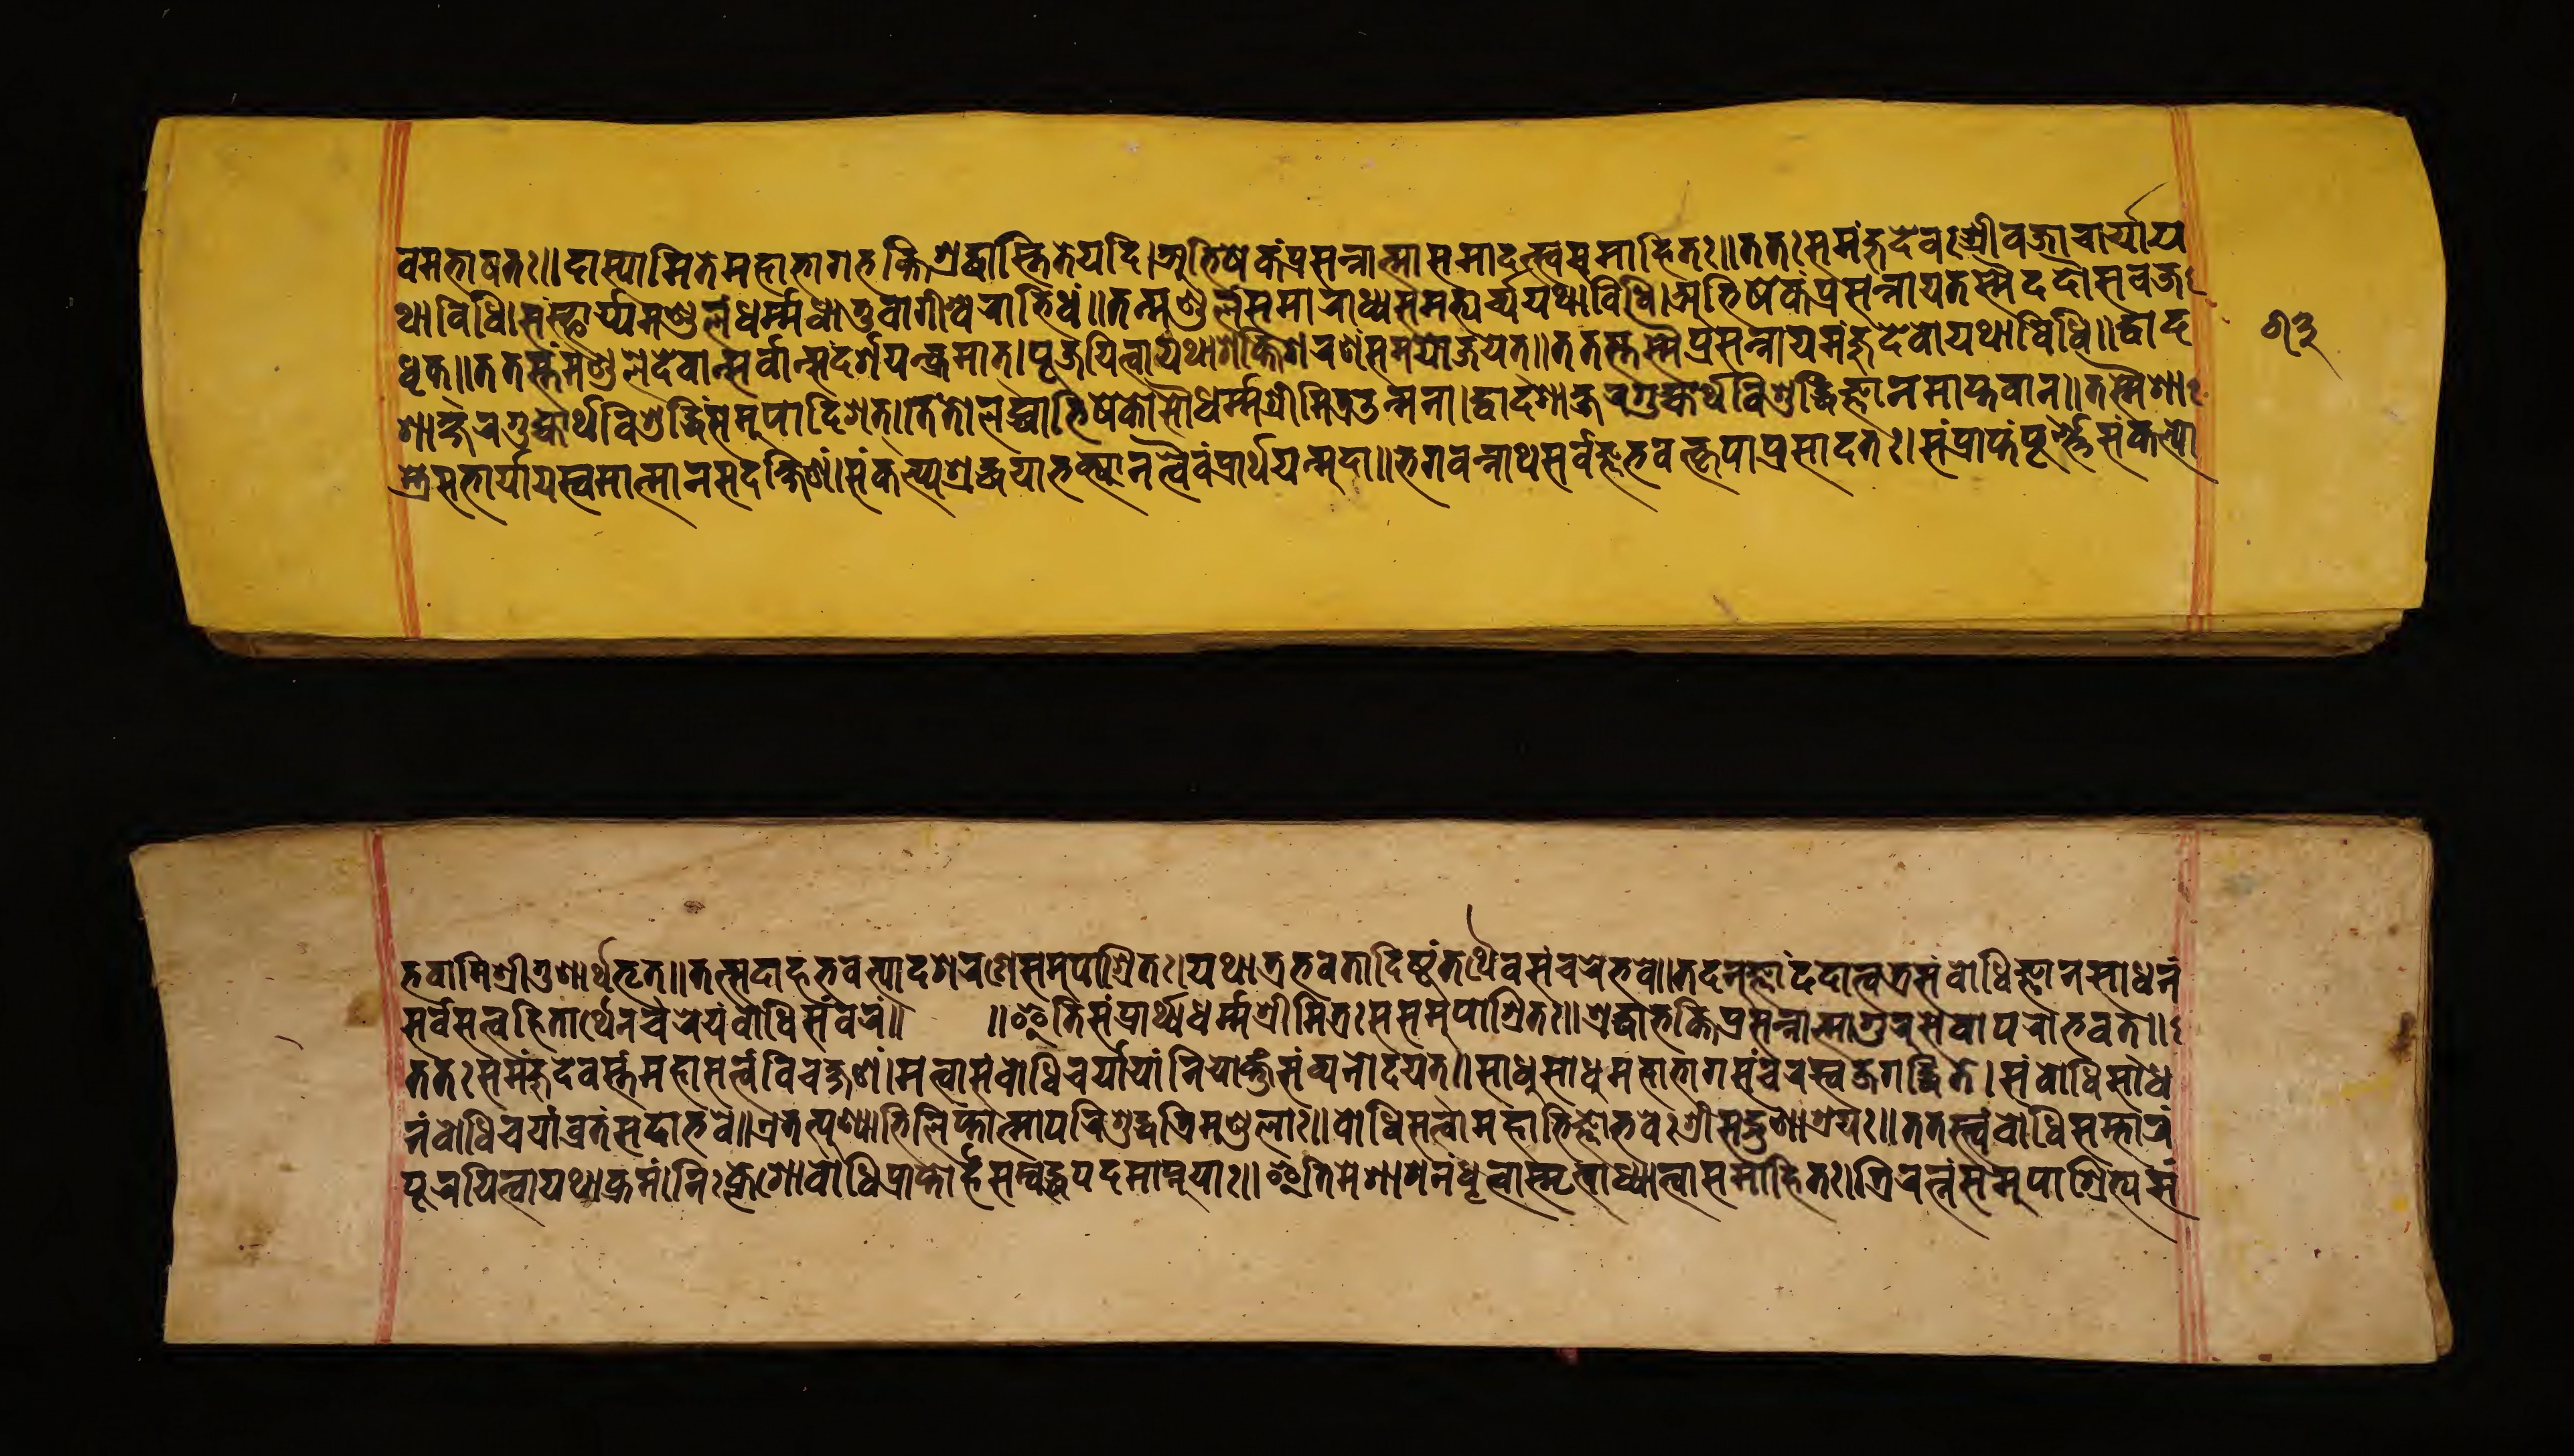
𑐰𑐩𑐨𑐵𑐲𑐟𑑅𑑌𑐡𑐵𑐳𑑂𑐫𑐵𑐩𑐶𑐟𑐾𑐩𑐴𑐵𑐨𑐵𑐐𑐨𑐎𑑂𑐟𑐶𑐱𑑂𑐬𑐡𑑂𑐢𑐵𑐳𑑂𑐟𑐶𑐟𑐾𑐫𑐡𑐶𑑋𑐀𑐨𑐶𑐲𑐾𑐎𑐥𑑂𑐬𑐳𑐣𑑂𑐣𑐵𑐟𑑂𑐩𑐵𑐳𑐩𑐵𑐡𑐟𑑂𑐳𑑂𑐰𑐳𑐩𑐵𑐴𑐶𑐟𑑅𑑌𑐟𑐟𑑅𑐳𑐩𑐘𑑂𑐖𑐸𑐡𑐾𑐰𑑅𑐱𑑂𑐬𑐷𑐰𑐖𑑂𑐬𑐵𑐔𑐵𑐬𑑂𑐫𑐫 𑐠𑐵𑐰𑐶𑐢𑐶𑑋𑐳𑑄𑐳𑑂𑐠𑐵𑐥𑑂𑐫𑐩𑐞𑑂𑐜𑐮𑑄𑐢𑐬𑑂𑐩𑐢𑐵𑐟𑐸𑐰𑐵𑐐𑐷𑐱𑑂𑐰𑐬𑐵𑐨𑐶𑐢𑑄𑑌𑐟𑐣𑑂𑐩𑐞𑑂𑐜𑐮𑑄𑐳𑐩𑐵𑐬𑐵𑐢𑑂𑐫𑐳𑐩𑐨𑑂𑐫𑐬𑑂𑐔𑑂𑐫𑐫𑐠𑐵𑐰𑐶𑐢𑐶𑑋𑐀𑐨𑐶𑐲𑐾𑐎𑑄𑐥𑑂𑐬𑐳𑐣𑑂𑐣𑐵𑐫𑐟𑐳𑑂𑐩𑐿𑐡𑐡𑑁𑐳𑐰𑐖𑑂𑐬 𑐢𑐺𑐎𑑂𑑌𑐟𑐟𑐳𑑂𑐟𑐵𑐣𑑂𑐩𑐞𑑂𑐜𑐮𑐾𑐡𑐾𑐰𑐵𑐣𑑂𑐳𑑄𑐡𑐬𑑂𑐱𑐫𑑄𑐫𑐠𑐵𑐎𑑂𑐬𑐩𑐵𑐟𑑂𑑋𑐥𑐹𑐖𑐫𑐶𑐟𑑂𑐰𑐵𑐫𑐠𑐵𑐱𑐎𑑂𑐟𑐶𑐱𑐬𑐞𑐾𑐳𑐩𑐫𑑀𑐖𑐫𑐾𑐟𑑂𑑌𑐟𑐟𑐳𑑂𑐟𑐳𑑂𑐩𑐿𑐥𑑂𑐬𑐳𑐣𑑂𑐣𑐵𑐫𑐩𑐘𑑂𑐖𑐸𑐡𑐾𑐰𑑀𑐫𑐠𑐵𑐰𑐶𑐢𑐶𑑌𑐡𑑂𑐰𑐵𑐡 𑐱𑐵𑐎𑑂𑐲𑐬𑐐𑐸𑐴𑑂𑐫𑐵𑐬𑑂𑐠𑐰𑐶𑐱𑐸𑐡𑑂𑐢𑐶𑐳𑐩𑐸𑐥𑐵𑐡𑐶𑐱𑐟𑑂𑑌𑐟𑐟𑑀𑐮𑐧𑑂𑐢𑐵𑐨𑐶𑐲𑐾𑐎𑑀𑑇𑐳𑑁𑐢𑐬𑑂𑐩𑐱𑑂𑐬𑐷𑐩𑐶𑐟𑑂𑐬𑑁𑐟𑑂𑐩𑐣𑐵𑑋𑐡𑑂𑐰𑐵𑐡𑐱𑐨𑐹𑐩𑐶𑐐𑐸𑐴𑑂𑐫𑐵𑐬𑑂𑐠𑐰𑐶𑐱𑐸𑐡𑑂𑐢𑐶𑐖𑑂𑐘𑐵𑐣𑐩𑐵𑐥𑑂𑐟𑐰𑐵𑐣𑑂𑑌𑐟𑐳𑑂𑐩𑐿𑐱𑐵 𑐳𑑂𑐟𑑂𑐬𑐾𑐳𑐨𑐵𑐬𑑂𑐫𑐵𑐫𑐳𑑂𑐰𑐩𑐵𑐟𑑂𑐩𑐵𑐣𑑄𑐳𑐡𑐎𑑂𑐲𑐶𑐞𑐵𑑄𑑋𑐳𑑄𑐎𑐮𑑂𑐥𑑂𑐫𑐱𑑂𑐬𑐡𑑂𑐢𑐫𑐵𑐨𑐎𑑂𑐟𑑂𑐫𑐵𑐣𑐟𑑂𑐰𑐿𑐰𑑄𑐥𑑂𑐬𑐵𑐬𑑂𑐠𑐫𑐣𑑂𑐩𑐸𑐡𑐵𑑌𑐨𑐐𑐰𑐣𑑂𑐣𑐵𑐠𑐳𑐬𑑂𑐰𑐖𑑂𑐘𑐨𑐰𑐟𑑂𑐎𑐺𑐥𑐵𑐥𑑂𑐬𑐳𑐵𑐡𑐟𑑅𑑋𑐳𑑄𑐥𑑂𑐬𑐵𑐥𑑂𑐟𑐥𑐹𑐬𑑂𑐞𑐳𑑄𑐎𑐮𑑂𑐥𑑀 𑐨𑐰𑐵𑐩𑐶𑐱𑑂𑐬𑐷𑐐𑐸𑐞𑐵𑐬𑑂𑐠𑐨𑐺𑐟𑑂𑑌𑐟𑐟𑑂𑐳𑐡𑐵𑐴𑑄𑐨𑐰𑐟𑑂𑐥𑐵𑐡𑐱𑐬𑐞𑐾𑐳𑐩𑐸𑐥𑐵𑐱𑑂𑐬𑐶𑐟𑑅𑑋𑐫𑐠𑐵𑐟𑑂𑐬𑐨𑐰𑐵𑐡𑐶𑐲𑑂𑐚𑑄𑐟𑐠𑐿𑐰𑐳𑑄𑐔𑐬𑐾𑐨𑐰𑐾𑑌𑐟𑐟𑑂𑐩𑐾𑐣𑐸𑐖𑑂𑐘𑐵𑐡𑐶𑐡𑐟𑑂𑐰𑐵𑐟𑑂𑐬𑐳𑑄𑐧𑑀𑐢𑐶𑐖𑑂𑐘𑐵𑐣𑐳𑐵𑐢𑐣𑑄 𑐟𑐟𑑅𑐳𑐩𑐘𑑂𑐖𑐸𑐡𑐾𑐰𑐳𑑂𑐟𑑄𑐩𑐴𑐵𑐳𑐟𑑂𑐟𑑂𑐰𑑄𑐰𑐶𑐔𑐎𑑂𑐲𑐞𑑄𑑋𑐩𑐟𑑂𑐰𑐵𑐳𑑄𑐧𑑀𑐢𑐶𑐔𑐬𑑂𑐫𑐵𑐫𑐵𑑄𑐣𑐶𑐫𑑀𑐎𑑂𑐟𑐸𑑄𑐳𑑄𑐰𑑂𑐫𑐣𑑀𑐡𑐫𑐟𑑂𑑌𑐳𑐵𑐢𑐸𑐳𑐵𑐢𑐸𑐩𑐴𑐵𑐨𑐵𑐐𑑅𑐳𑑄𑐔𑐬𑐟𑑂𑐰𑑄𑐖𑐐𑐡𑑂𑐢𑐶𑐟𑐾𑑋𑐳𑑄𑐧𑑀𑐢𑐶𑐳𑐵𑐢 𑐣𑑄𑐧𑑀𑐢𑐶𑐔𑐬𑑂𑐫𑐵𑐰𑑂𑐬𑐟𑐳𑐡𑐵𑐨𑐰𑐾𑑌𑐊𑐟𑐟𑑂𑐥𑐸𑐞𑑂𑐫𑐵𑐨𑐶𑐮𑐶𑐥𑑂𑐟𑐵𑐟𑑂𑐩𑐵𑐥𑐬𑐶𑐱𑐸𑐡𑑂𑐢𑐟𑑂𑐬𑐶𑐩𑐞𑑂𑐜𑐮𑐵𑑅𑑌𑐧𑑀𑐢𑐶𑐳𑐟𑑂𑐟𑑂𑐰𑐵𑐩𑐴𑐵𑐨𑐶𑐖𑑂𑐘𑐵𑐨𑐰𑐾𑑅𑐱𑑂𑐬𑐷𑐳𑐡𑑂𑐐𑐸𑐞𑐵𑐱𑑂𑐬𑐫𑐵𑑅𑑌𑐟𑐟𑐳𑑂𑐟𑑂𑐰𑑄𑐧𑑀𑐢𑐶𑐳𑑄𑐨𑐵𑐬𑑄 𑐳𑐬𑑂𑐰𑐳𑐟𑑂𑐟𑑂𑐰𑐴𑐶𑐟𑐵𑐬𑑂𑐠𑐾𑐣𑐔𑐬𑐾𑐫𑑄𑐧𑑀𑐢𑐶𑐳𑑄𑐰𑐬𑑄𑑌 𑑌𑐂𑐟𑐶𑐳𑑄𑐥𑑂𑐬𑐵𑐬𑑂𑐠𑑂𑐫𑐢𑐬𑑂𑐩𑐱𑑂𑐬𑐷𑐩𑐶𑐟𑑂𑐬𑐳𑐳𑐩𑐸𑐥𑐵𑐱𑑂𑐬𑐶𑐟𑑅𑑌𑐱𑑂𑐬𑐡𑑂𑐢𑐵𑐨𑐎𑑂𑐟𑐶𑐥𑑂𑐬𑐳𑐣𑑂𑐣𑐵𑐟𑑂𑐩𑐵𑐐𑐸𑐬𑐸𑐳𑐾𑐰𑐵𑐥𑐬𑑀𑐨𑐰𑐟𑑂𑑌 𑐥𑐹𑐬𑐫𑐶𑐟𑑂𑐰𑐵𑐫𑐠𑐵𑐎𑑂𑐬𑐩𑑄𑑋𑐣𑐶𑑅𑐎𑑂𑐮𑐾𑐱𑑀𑐧𑑀𑐢𑐶𑐥𑑂𑐬𑐵𑐥𑑂𑐟𑑀𑐴𑑄𑐳𑐩𑑂𑐧𑐸𑐡𑑂𑐢𑐥𑐡𑐩𑐵𑐥𑑂𑐣𑐸𑐫𑐵𑑅𑑌𑐂𑐟𑐶𑐩𑐾𑐱𑐵𑐳𑐣𑑄𑐢𑐺𑐟𑑂𑐰𑐵𑐳𑑂𑐩𑐺𑐟𑑂𑐰𑐵𑐢𑑂𑐫𑐵𑐟𑑂𑐰𑐵𑐳𑐩𑐵𑐴𑐶𑐟𑑅𑑋𑐟𑑂𑐬𑐶𑐬𑐟𑑂𑐣𑑄𑐳𑐩𑐸𑐥𑐵𑐱𑑂𑐬𑐶𑐟𑑂𑐫𑐳𑑄 𑑖𑑓